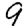
Digit: 9